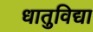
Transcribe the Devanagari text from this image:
धातुविद्या